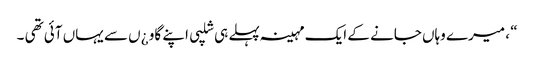
“ ، میرے وہاں جانے کے ایک مہینہ پہلے ہی شلپی اپنے گاو ¿ں سے یہاں آئی تھی ۔